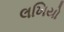
લખિયો